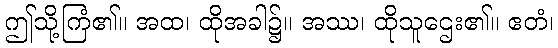
ဤသို့ကြံ၏။ အထ၊ ထိုအခါ၌။ အဿ၊ ထိုသူဌေး၏။ ဧတံ၊